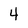
Character: 4